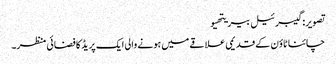
تصویر: گیبرئیل بیریتھیو
چائنا ٹاؤن کے قدیمی علاقے میں ہونے والی ایک پریڈ کا فضائی منظر۔